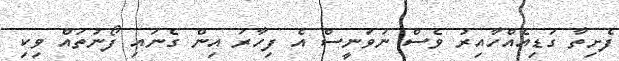
ފެށިތާ ގަޑިއެއްހާއިރު ވެސް ނުވަނީސް އެ ފިހާރަ އިން ގެނައި ފޯނުތައް ވިކި